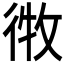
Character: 𫹘